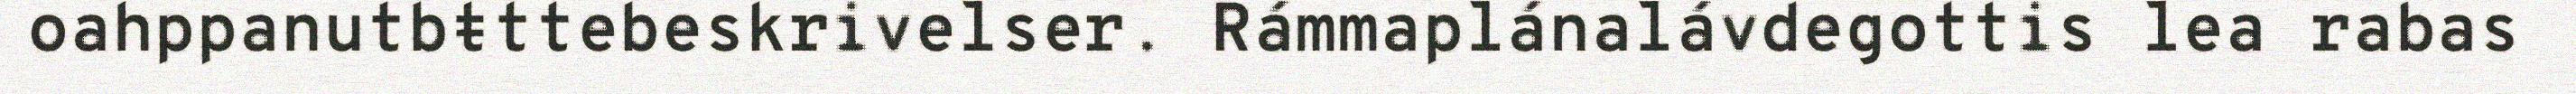
oahppanutbŧttebeskrivelser. Rámmaplánalávdegottis lea rabas